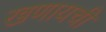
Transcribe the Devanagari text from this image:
खणायची